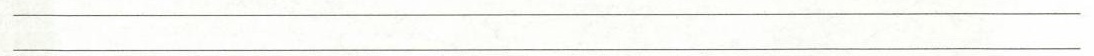
___